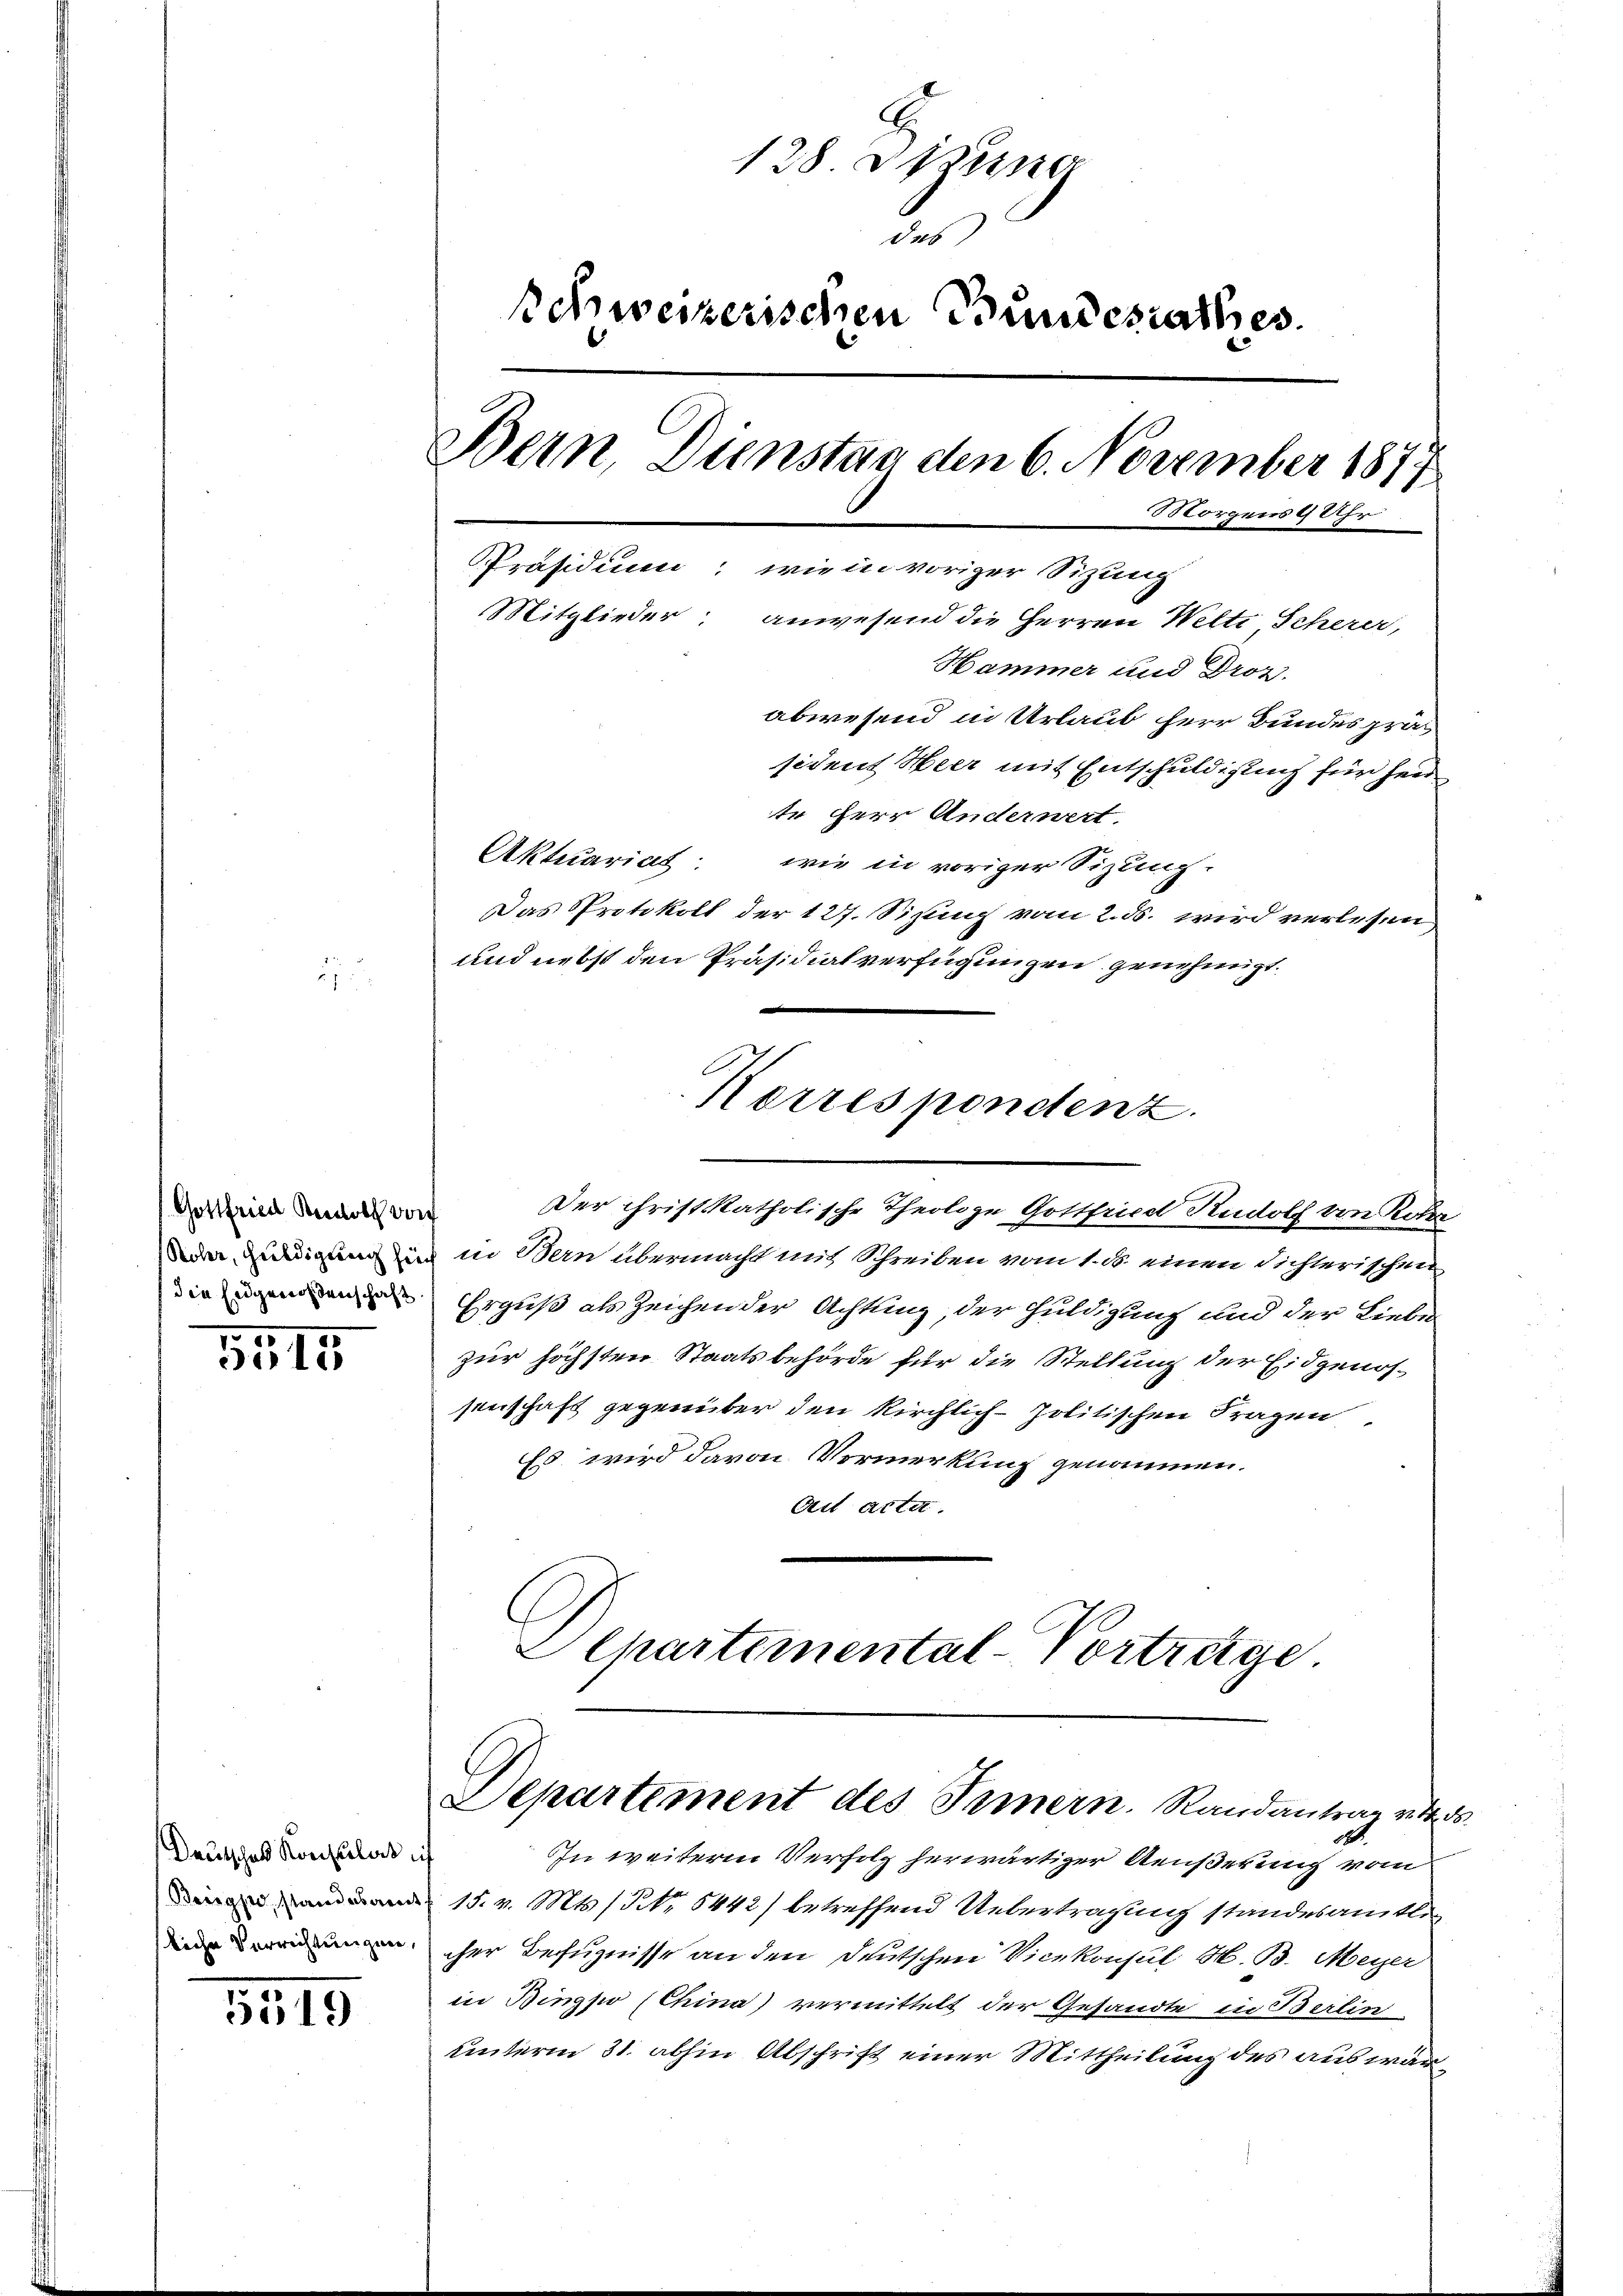
Gottfried Kerlos vor
die Eidgenossenschaft.

5515

Deutsches Konsulat in
liche Verrichtungen,

559

128 dieser
des
Schweizerischen Bundesrathes.
Bern, Dienstan den 6. November 1877
Morgens 9 Uhr
Präsidium: wie in voriger Sitzung
Mitglieder anwesend die Herren Welti, Scherer,
Hammer und Droz.
abwesend in Urlaub herr Bundespräs
sident Heer mit Entschuldigung für herr

te Herr Anderwert.
Aktuariat: wie in voriger Sizung.
Das Protokoll der 127. Sizung vom 2. ds. wird verlesen
und nebst den Präsidialverfügungen genehmigt.
dedieneigung und in Bern übermacht mit Schreiben vom 1. ds. einen sichterischen
Erguß als Zeichen der Achtung, der Huldigung und der Liebe
zur höchsten Staatsbehörde für die Stellung der Eidgenossenschaft gegenüber den Kirchlich-Politischen Fragen
Es wird davon Vormerkung genommen.
Ai acta
Aepartemental-Vorträge.

Korrespondenz.
Der Christkatholische Theologe Gottfried Rudolf von Rober

In weiterm Verfolg herwärtiger Aeußerung vom
15. v. Mts. No. 5442) betreffend Uebertragung standesamtle
cher Befugnisse an den Deutschen Vicekonsul H. B. Meyer
in Bingpo (China) vermittelt der Gesandte in Berlin
unterm 31. abhin Abschrift einer Mittheilung des auswär¬

Departement des Innern. Randantrag u. ds.